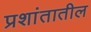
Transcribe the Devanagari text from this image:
प्रशांतातील